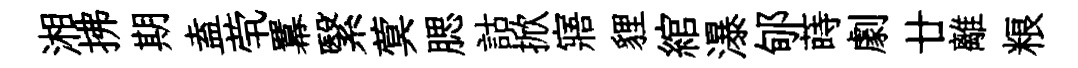
湘拂期盍茕羃繄蓂腮詁掀寤貍綰瀑郇蒔劇廿離粮